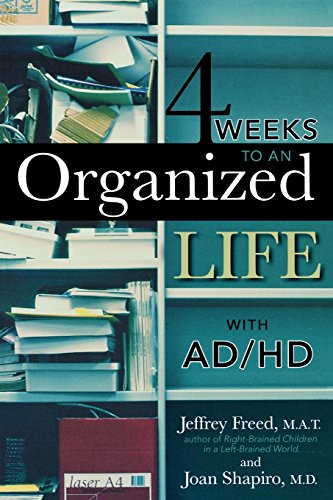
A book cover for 4 Weeks To An Organized Life With AD/HD; Jeffrey Freed; Health, Fitness & Dieting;